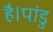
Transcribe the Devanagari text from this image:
है।पांडु